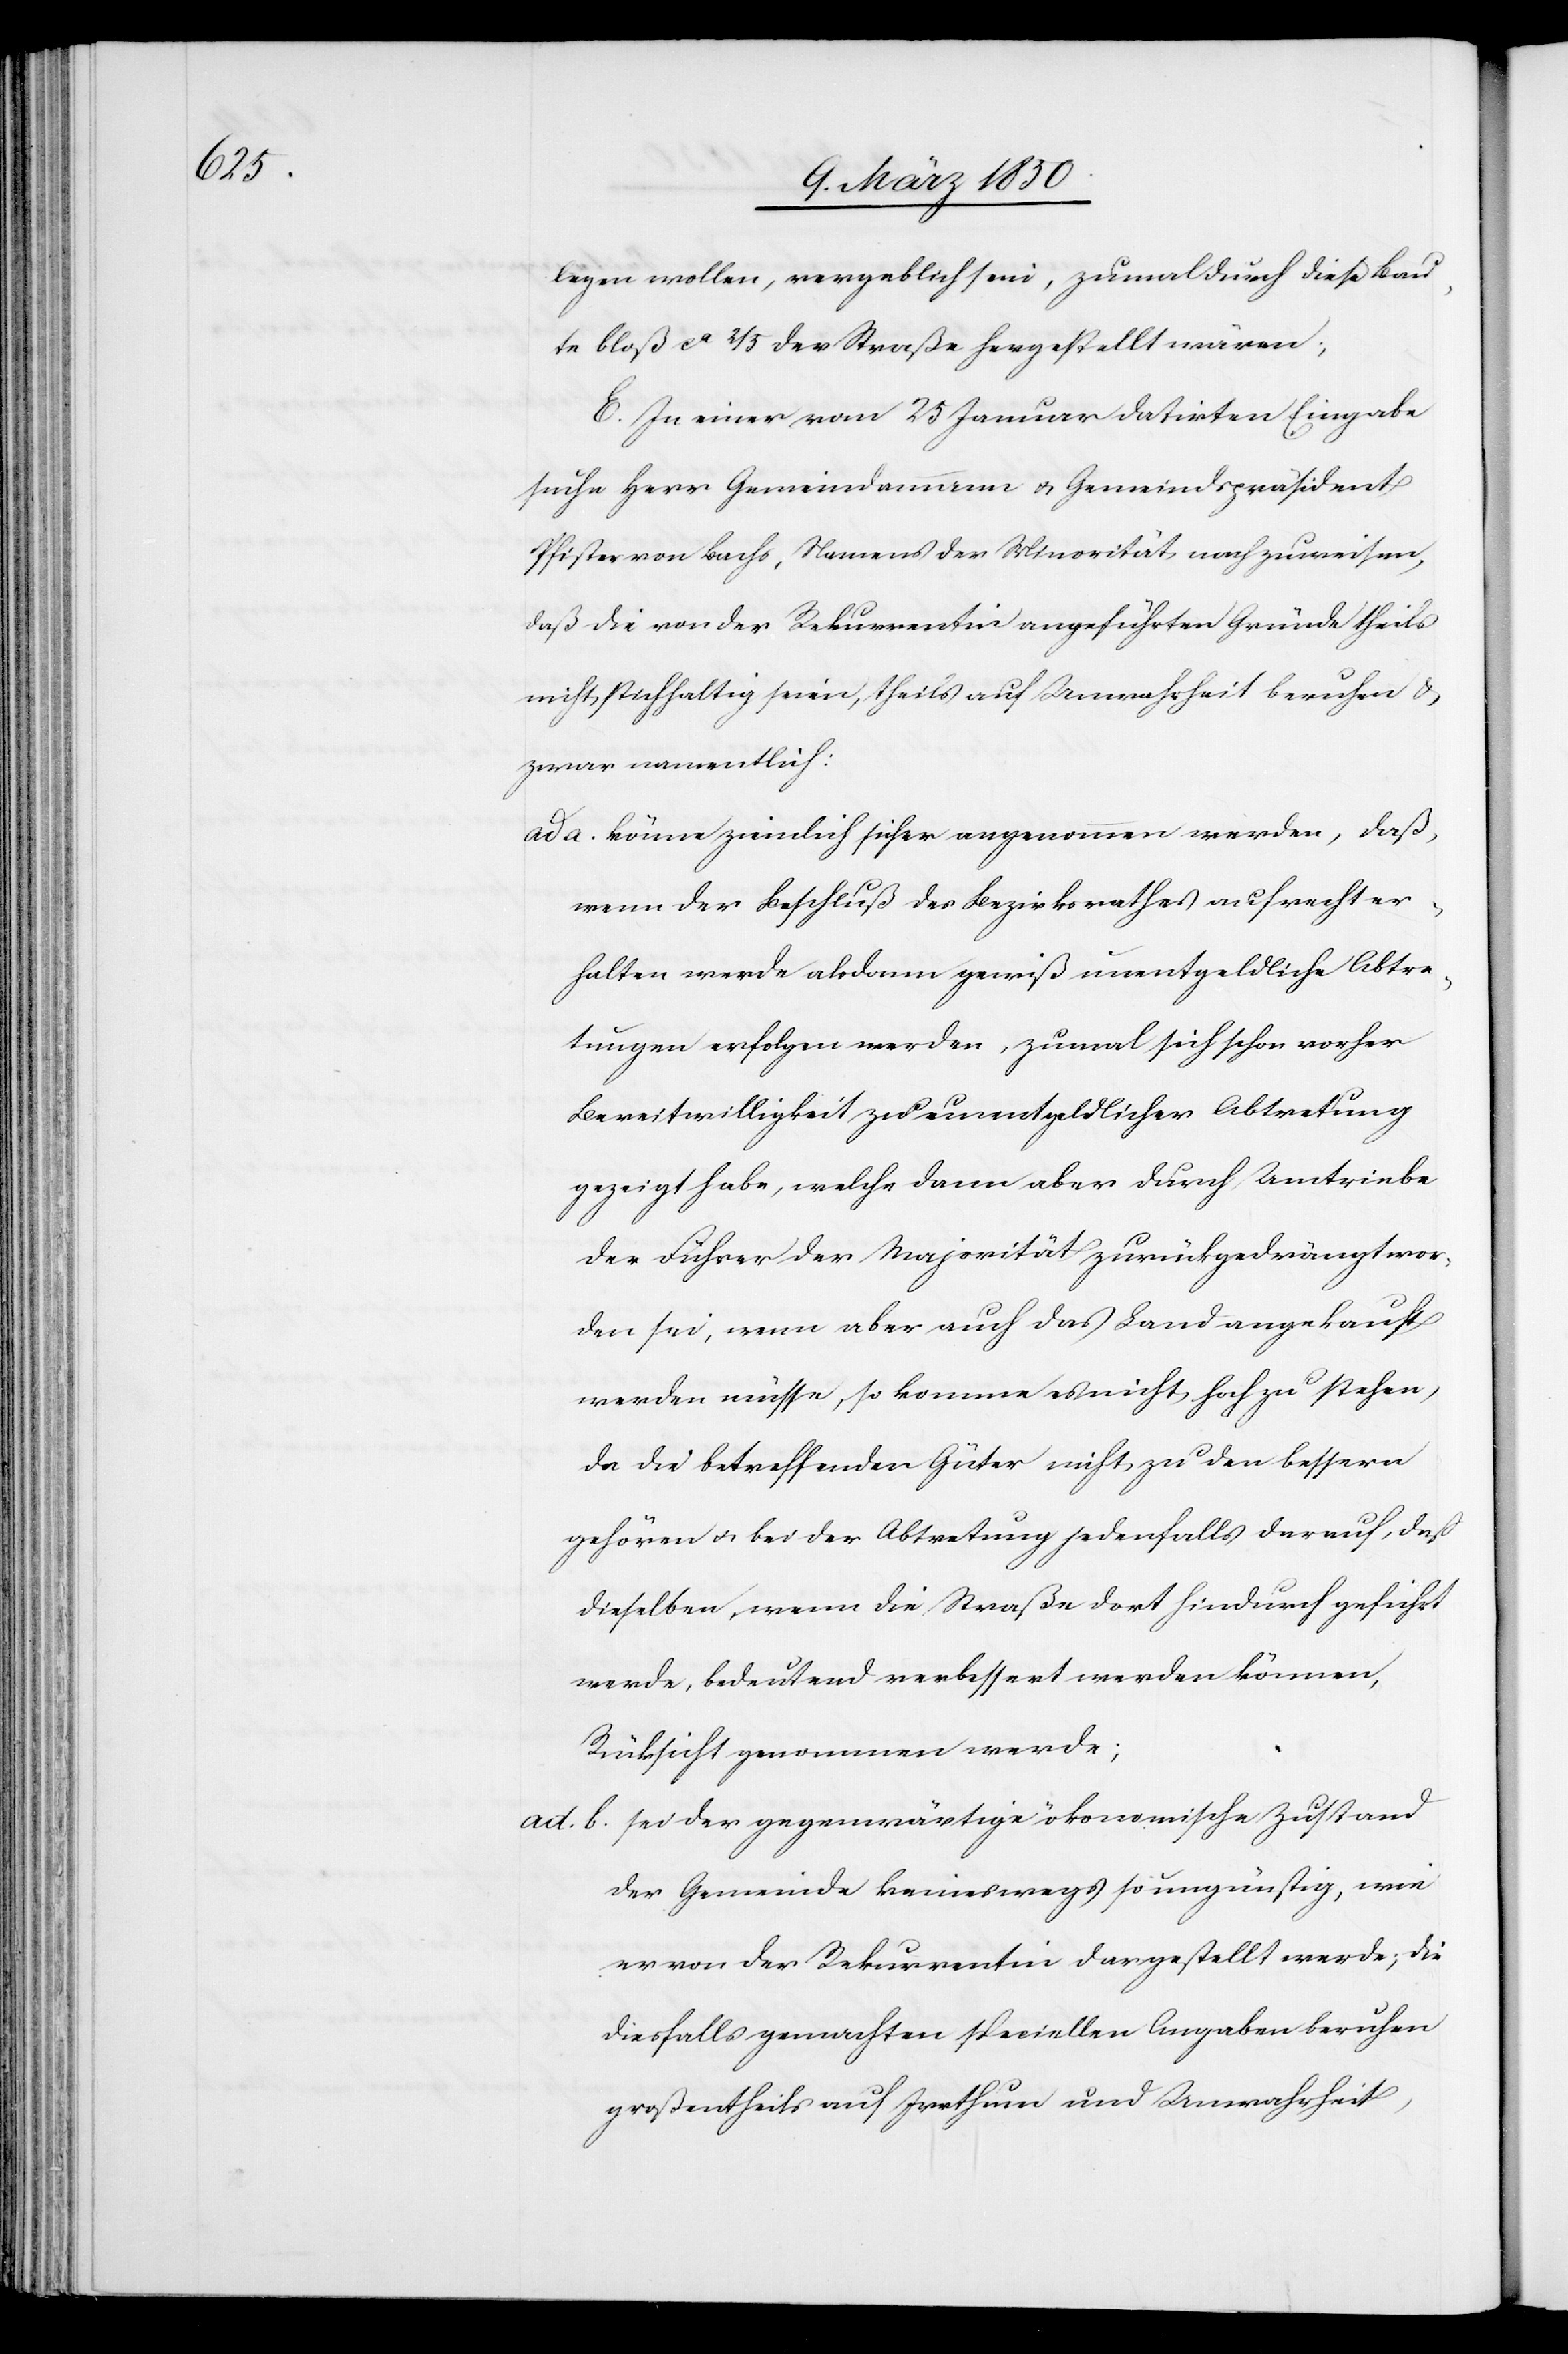
legen wollen, vergeblich sein, zumal durch diese Bau¬
te bloß ca 2/5 der Straße hergestellt wären;
E. In einer vom 25 Januar datirten Eingabe
suche Herr Gemeindammann u. Gemeindspräsident
Pfister von Bachs, Namens der Minorität nachzuweisen,
daß die von der Rekurrentin angeführten Gründe theils
nicht stichhaltig seien, theils auf Unwahrheit beruhen u.
zwar namentlich:
ad a. könne ziemlich sicher angenommen werden, daß,
wenn der Beschluß des Bezirksrathes aufrecht er¬
halten werde alsdann gewiß unentgeldliche Abtre¬
tungen erfolgen werden, zumal sich schon vorher
Bereitwilligkeit zu unentgeldlicher Abtretung
gezeigt habe, welche dann aber durch Umtriebe
der Führer der Majorität zurückgedrängt wor¬
den sei, wenn aber auch das Land angekauft
werden müsse, so komme es nicht hoch zu stehen,
da die betreffenden Güter nicht zu den bessern
gehören u. bei der Abtretung jedenfalls darauf, daß
dieselben, wenn die Straße dort hindurch geführt
werde, bedeutend verbessert werden können,
Rücksicht genommen werde;
ad. b. sei der gegenwärtige ökonomische Zustand
der Gemeinde keineswegs so ungünstig, wie
er von der Rekurrentin dargestellt werde; die
diesfalls gemachten speciellen Angaben beruhen
großentheils auf Irrthum und Unwahrheit